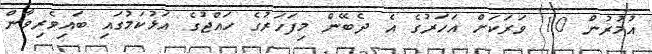
އުމުރުން 10 ވަރަކަށް އަހަރުގެ އެ ދެބޭން މިފަހަރުގެ ހައްޖުގެ އަޅުކަމުގައި ބައިވެރިވާން